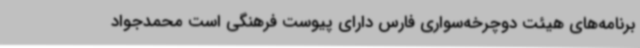
برنامه‌های هیئت دوچرخه‌سواری فارس دارای پیوست فرهنگی است محمدجواد